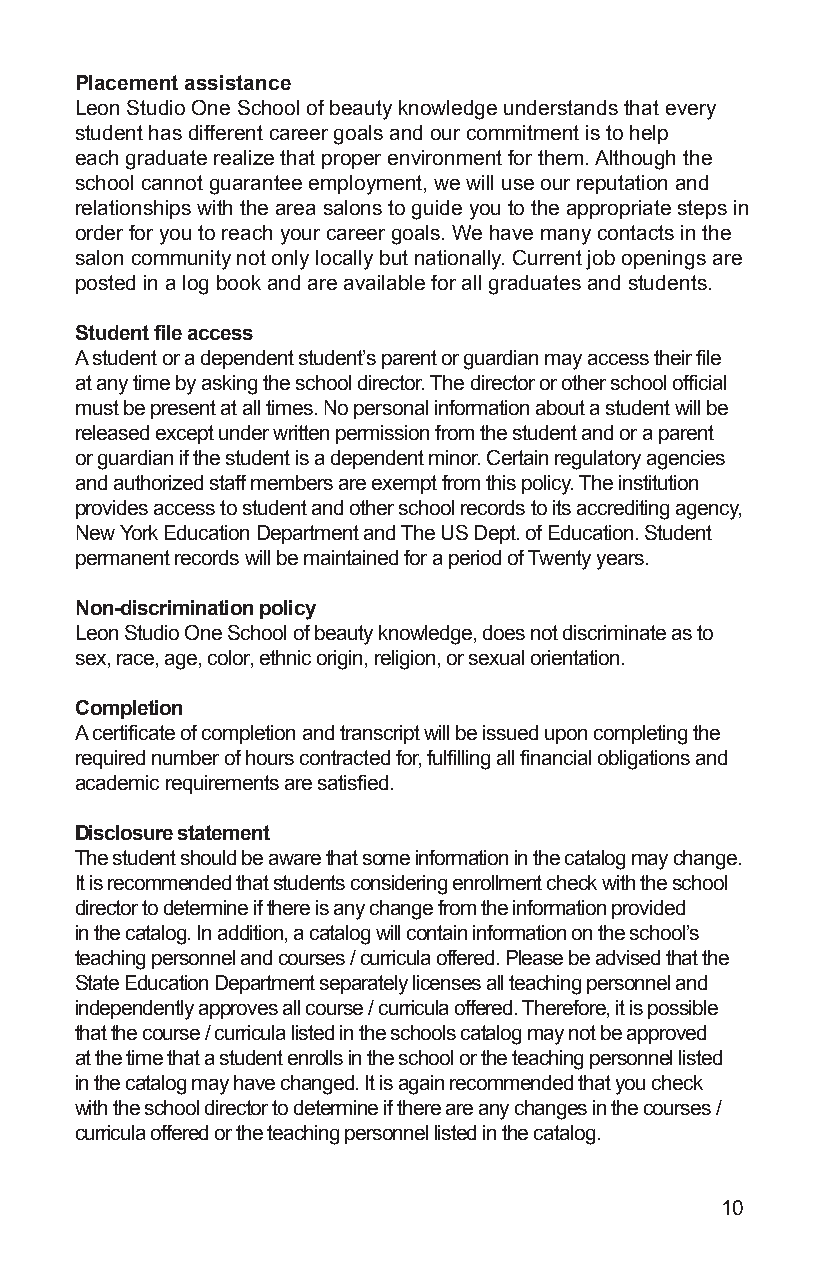
Placement assistance
 Leon Studio One School of beauty knowledge understands that every
 student has different career goals and our commitment is to help
 each graduate realize that proper environment for them. Although the
 school cannot guarantee employment, we will use our reputation and
 relationships with the area salons to guide you to the appropriate steps in
 order for you to reach your career goals. We have many contacts in the
 salon community not only locally but nationally. Current job openings are
 posted in a log book and are available for all graduates and students.
 Student file access
 A student or a dependent student’s parent or guardian may access their file
 at any time by asking the school director. The director or other school official
 must be present at all times. No personal information about a student will be
 released except under written permission from the student and or a parent
 or guardian if the student is a dependent minor. Certain regulatory agencies
 and authorized staff members are exempt from this policy. The institution
 provides access to student and other school records to its accrediting agency,
 New York Education Department and The US Dept. of Education. Student
 permanent records will be maintained for a period of Twenty years.
 Non-discrimination policy
 Leon Studio One School of beauty knowledge, does not discriminate as to
 sex, race, age, color, ethnic origin, religion, or sexual orientation.
 Completion
 A certificate of completion and transcript will be issued upon completing the
 required number of hours contracted for, fulfilling all financial obligations and
 academic requirements are satisfied.
 Disclosure statement
 The student should be aware that some information in the catalog may change.
 It is recommended that students considering enrollment check with the school
 director to determine if there is any change from the information provided
 in the catalog. In addition, a catalog will contain information on the school’s
 teaching personnel and courses / curricula offered. Please be advised that the
 State Education Department separately licenses all teaching personnel and
 independently approves all course / curricula offered. Therefore, it is possible
 that the course / curricula listed in the schools catalog may not be approved
 at the time that a student enrolls in the school or the teaching personnel listed
 in the catalog may have changed. It is again recommended that you check
 with the school director to determine if there are any changes in the courses /
 curricula offered or the teaching personnel listed in the catalog.
 10